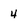
Character: 4